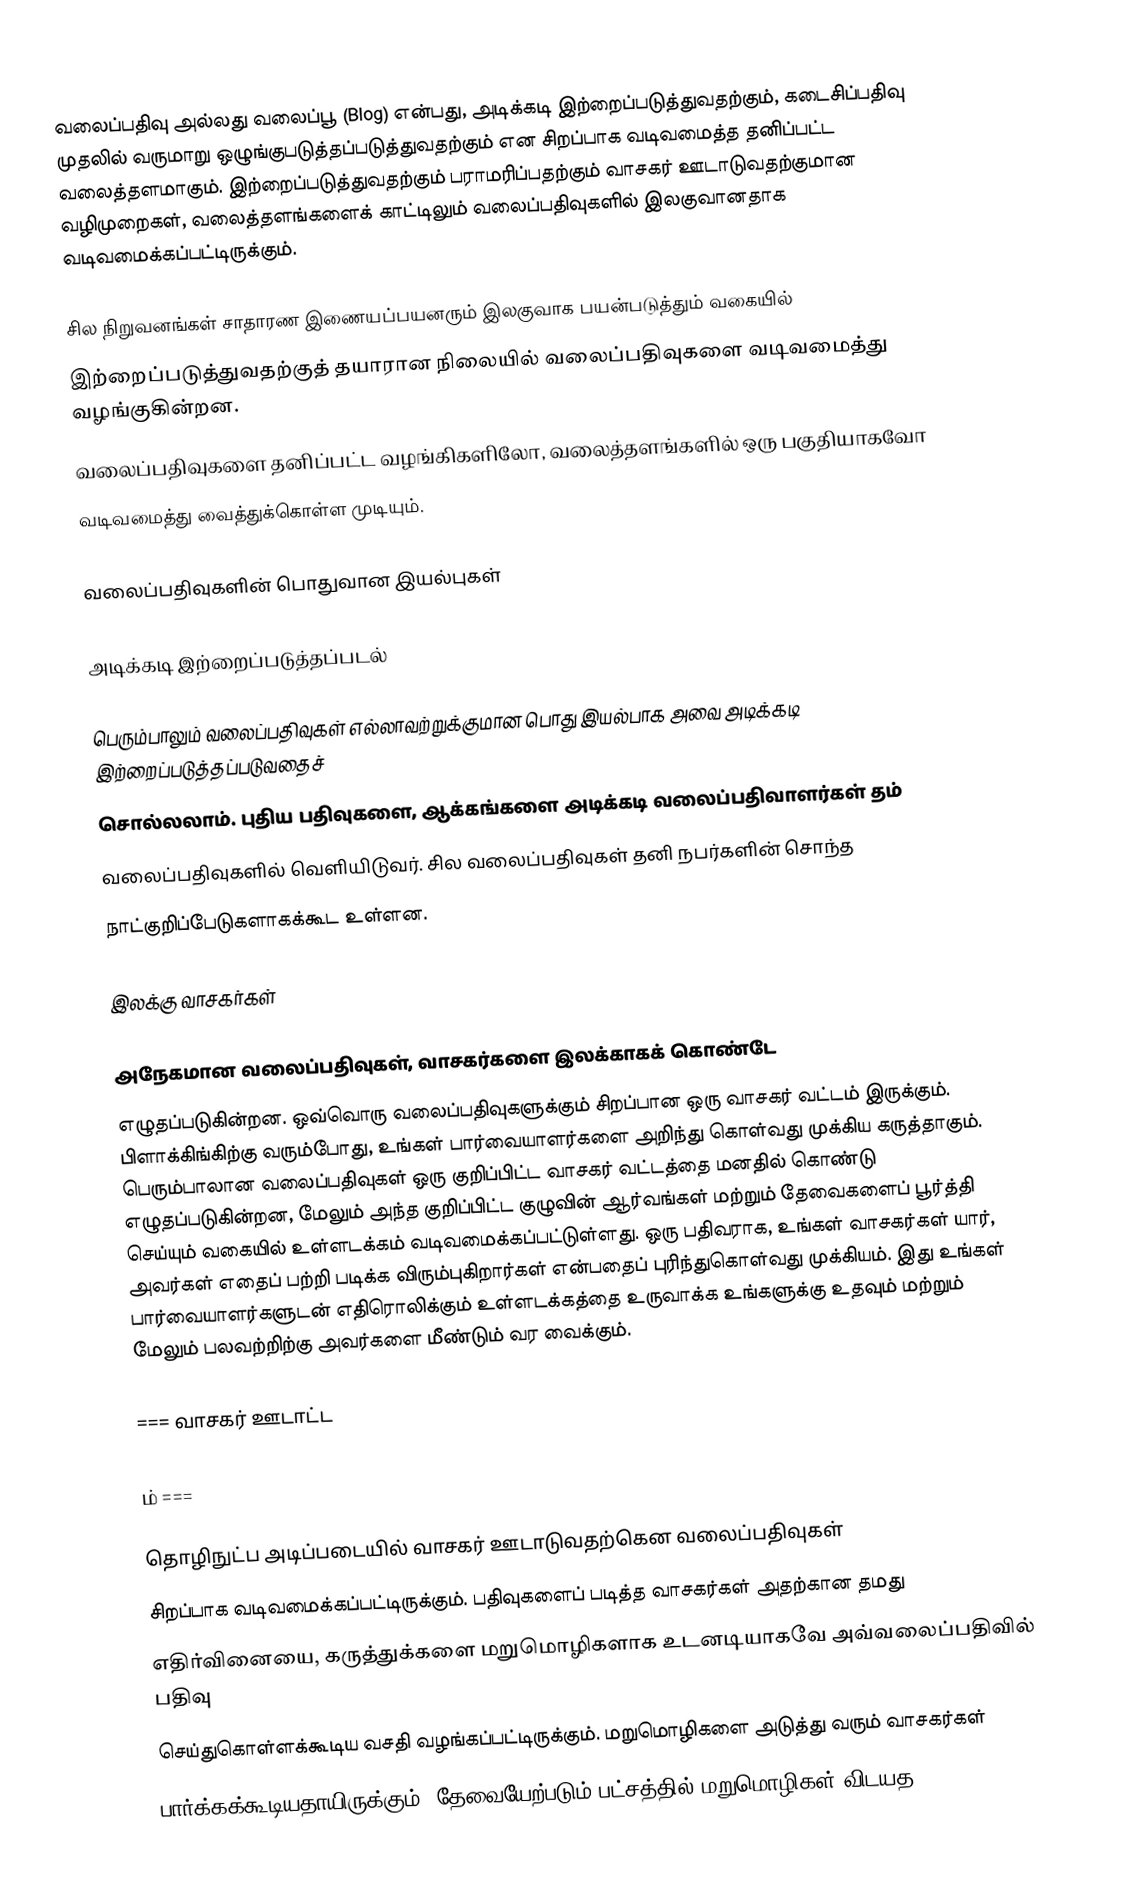
வலைப்பதிவு அல்லது வலைப்பூ (Blog) என்பது, அடிக்கடி இற்றைப்படுத்துவதற்கும், கடைசிப்பதிவு முதலில் வருமாறு ஒழுங்குபடுத்தப்படுத்துவதற்கும் என சிறப்பாக வடிவமைத்த தனிப்பட்ட வலைத்தளமாகும். இற்றைப்படுத்துவதற்கும் பராமரிப்பதற்கும் வாசகர் ஊடாடுவதற்குமான வழிமுறைகள், வலைத்தளங்களைக் காட்டிலும் வலைப்பதிவுகளில் இலகுவானதாக வடிவமைக்கப்பட்டிருக்கும்.

சில நிறுவனங்கள் சாதாரண இணையப்பயனரும் இலகுவாக பயன்படுத்தும் வகையில்
இற்றைப்படுத்துவதற்குத் தயாரான நிலையில் வலைப்பதிவுகளை வடிவமைத்து வழங்குகின்றன.
வலைப்பதிவுகளை தனிப்பட்ட வழங்கிகளிலோ, வலைத்தளங்களில் ஒரு பகுதியாகவோ
வடிவமைத்து வைத்துக்கொள்ள முடியும்.

வலைப்பதிவுகளின் பொதுவான இயல்புகள்

அடிக்கடி இற்றைப்படுத்தப்படல்

பெரும்பாலும் வலைப்பதிவுகள் எல்லாவற்றுக்குமான பொது இயல்பாக அவை அடிக்கடி இற்றைப்படுத்தப்படுவதைச்
சொல்லலாம். புதிய பதிவுகளை, ஆக்கங்களை அடிக்கடி வலைப்பதிவாளர்கள் தம்
வலைப்பதிவுகளில் வெளியிடுவர். சில வலைப்பதிவுகள் தனி நபர்களின் சொந்த
நாட்குறிப்பேடுகளாகக்கூட உள்ளன.

இலக்கு வாசகர்கள்

அநேகமான வலைப்பதிவுகள், வாசகர்களை இலக்காகக் கொண்டே
எழுதப்படுகின்றன. ஒவ்வொரு வலைப்பதிவுகளுக்கும் சிறப்பான ஒரு வாசகர் வட்டம் இருக்கும். பிளாக்கிங்கிற்கு வரும்போது, உங்கள் பார்வையாளர்களை அறிந்து கொள்வது முக்கிய கருத்தாகும். பெரும்பாலான வலைப்பதிவுகள் ஒரு குறிப்பிட்ட வாசகர் வட்டத்தை மனதில் கொண்டு எழுதப்படுகின்றன, மேலும் அந்த குறிப்பிட்ட குழுவின் ஆர்வங்கள் மற்றும் தேவைகளைப் பூர்த்தி செய்யும் வகையில் உள்ளடக்கம் வடிவமைக்கப்பட்டுள்ளது. ஒரு பதிவராக, உங்கள் வாசகர்கள் யார், அவர்கள் எதைப் பற்றி படிக்க விரும்புகிறார்கள் என்பதைப் புரிந்துகொள்வது முக்கியம். இது உங்கள் பார்வையாளர்களுடன் எதிரொலிக்கும் உள்ளடக்கத்தை உருவாக்க உங்களுக்கு உதவும் மற்றும் மேலும் பலவற்றிற்கு அவர்களை மீண்டும் வர வைக்கும்.

=== வாசகர் ஊடாட்ட

ம் ===

தொழிநுட்ப அடிப்படையில் வாசகர் ஊடாடுவதற்கென வலைப்பதிவுகள்
சிறப்பாக வடிவமைக்கப்பட்டிருக்கும். பதிவுகளைப் படித்த வாசகர்கள் அதற்கான தமது
எதிர்வினையை, கருத்துக்களை மறுமொழிகளாக உடனடியாகவே அவ்வலைப்பதிவில் பதிவு
செய்துகொள்ளக்கூடிய வசதி வழங்கப்பட்டிருக்கும். மறுமொழிகளை அடுத்து வரும் வாசகர்கள்
பார்க்கக்கூடியதாயிருக்கும். தேவையேற்படும் பட்சத்தில் மறுமொழிகள் விடயத